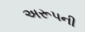
અરૂપની